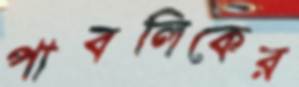
পাবলিকের